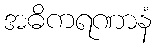
အဓိကရဏာနံ